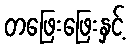
တဖြေးဖြေးနှင့်